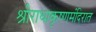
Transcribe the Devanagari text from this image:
श्रीराधाकृष्णमंदिरात